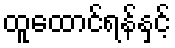
ထူထောင်ရန်နှင့်